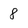
Character: 8